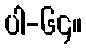
ပါ-၆၄။